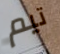
تيم